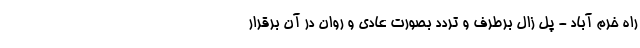
راه خرم آباد - پل زال برطرف و تردد بصورت عادی و روان در آن برقرار